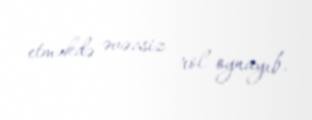
etməkdə əvəzsiz rol oynayıb.